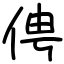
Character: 俜